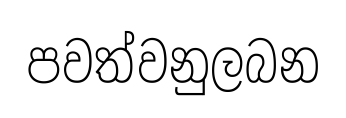
පවත්වනුලබන